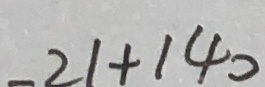
- 2 1 + 1 4 0